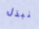
نبذل